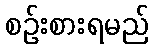
စဉ်းစားရမည်